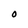
Character: O